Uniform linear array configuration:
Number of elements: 64
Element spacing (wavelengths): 1
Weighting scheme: kaiser
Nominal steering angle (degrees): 15
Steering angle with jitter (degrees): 15.374
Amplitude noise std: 0.05
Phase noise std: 0.05

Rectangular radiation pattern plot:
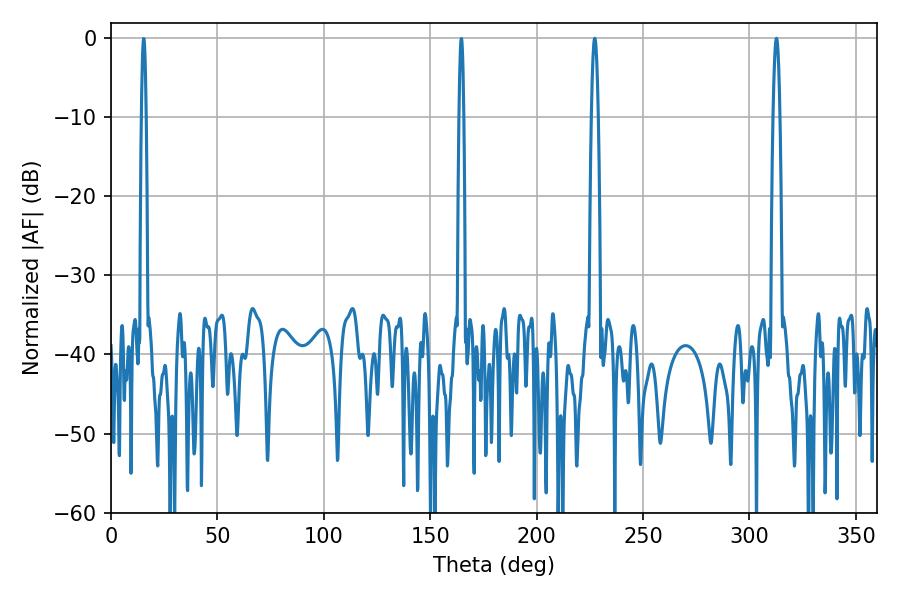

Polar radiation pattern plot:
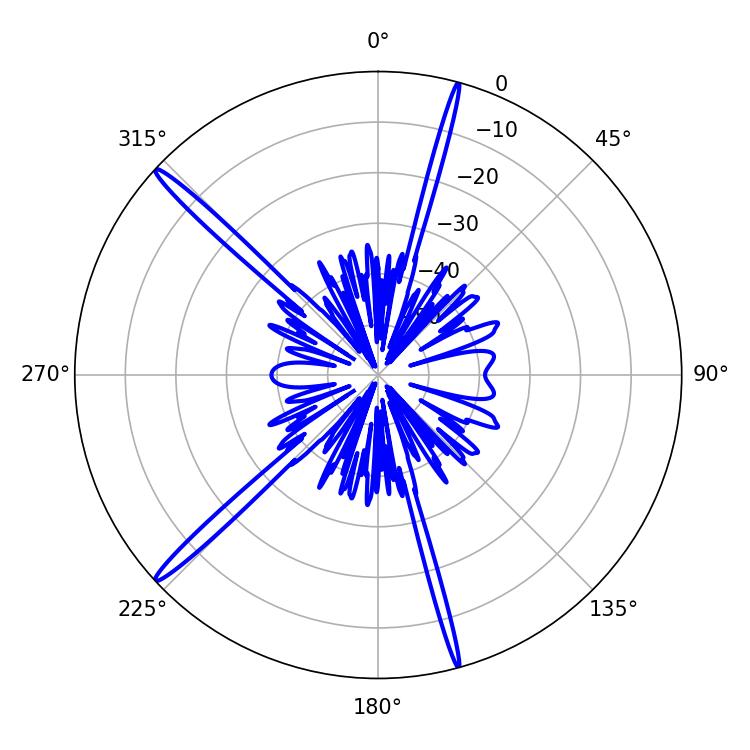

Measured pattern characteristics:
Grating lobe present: TRUE
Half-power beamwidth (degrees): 1.8
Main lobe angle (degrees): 312.66